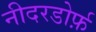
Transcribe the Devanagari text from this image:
नीदरडोर्फ़